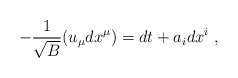
\begin{align*}-{1 \over \sqrt{B}}(u_\mu dx^\mu)=dt+a_idx^i~,\end{align*}